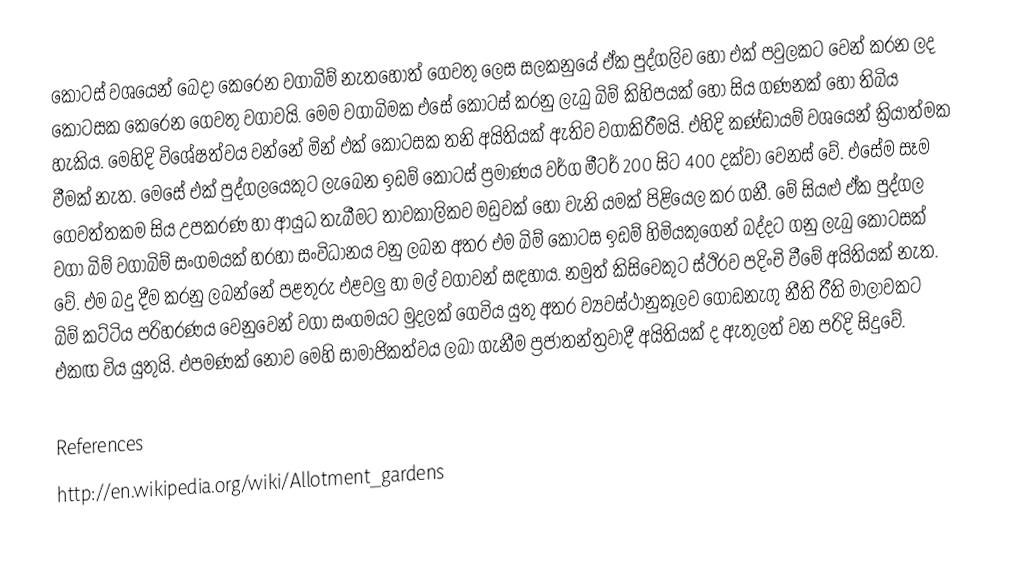
කොටස් වශයෙන් බෙදා කෙරෙන වගාබිම් නැතහොත් ගෙවතු ලෙස සලකනුයේ ඒක පුද්ගලිව හෝ එක් පවුලකට වෙන් කරන ලද  කොටසක කෙරෙන ගෙවතු වගාවයි. මෙම වගාබිමක එසේ කොටස් කරනු ලැබු බිම් කිහිපයක් හෝ සිය ගණනක් හෝ තිබිය හැකිය. මෙහිදි විශේෂත්වය වන්නේ මින් එක් කොටසක තනි අයිතියක් ඇතිව වගාකිරීමයි. එහිදි කණ්ඩායම් වශයෙන් ක්‍රියාත්මක වීමක් නැත. මෙසේ එක් පුද්ගලයෙකුට ලැබෙන ඉඩම් කොටස් ප්‍රමාණය වර්ග මීටර් 200 සිට 400 දක්වා වෙනස් වේ. එසේම සෑම ගෙවත්තකම සිය උපකරණ හා ආයුධ තැබීමට තාවකාලිකව මඩුවක් හෝ වැනි යමක් පිළියෙල කර ගනී. මේ සියළු ඒක පුද්ගල වගා බිම් වගාබිම් සංගමයක් හරහා සංවිධානය වනු ලබන අතර එම බිම් කොටස ඉඩම් හිමියකුගෙන් බද්දට ගනු ලැබු කොටසක් වේ. එම බදු දීම කරනු ලබන්නේ පළතුරු එළවලු හා මල් වගාවන් සඳහාය. නමුත් කිසිවෙකුට ස්ථිරව පදිංචි වීමේ අයිතියක් නැත. බිම් කට්ටිය පරිහරණය වෙනුවෙන් වගා සංගමයට මුදලක් ගෙවිය යුතු අතර ව්‍යවස්ථානුකූලව ගොඩනැගු නීති රීති මාලාවකට එකඟ විය යුතුයි. එපමණක් නොව මෙහි සාමාජිකත්වය ලබා ගැනීම ප්‍රජාතන්ත්‍රවාදී අයිතියක් ද ඇතුලත් වන පරිදි සිදුවේ.

References
http://en.wikipedia.org/wiki/Allotment_gardens